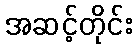
အဆင့်တိုင်း